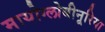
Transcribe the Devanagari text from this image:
मायोग्लोबीनूरिया